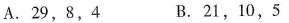
A. 29，8，4 B. 21，10，5